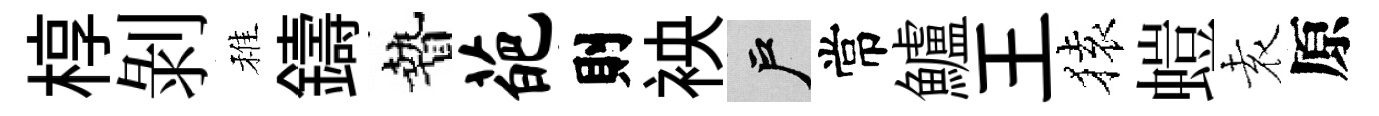
椁剝稚鑄贄葩則䘧户常鱸王𫞤螘𡊮原